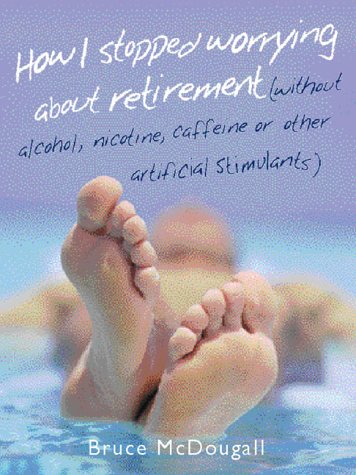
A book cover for How I stopped worrying about retirement (without alcohol, nicotine, caffeine or other artificial stimulants); Bruce Mcdougall; Health, Fitness & Dieting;